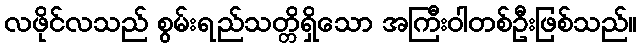
လဖိုင်လသည် စွမ်းရည်သတ္တိရှိသော အကြီးဝါတစ်ဦးဖြစ်သည်။